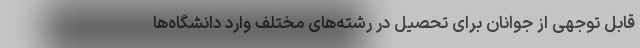
قابل توجهی از جوانان برای تحصیل در رشته‌های مختلف وارد دانشگاه‌ها